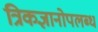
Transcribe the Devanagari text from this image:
त्रिकज्ञानोपलब्ध